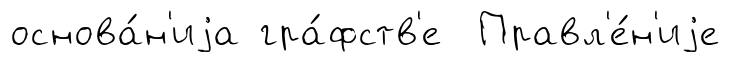
основа́н'иjа гра́фств'е Правл'е́н'иjе